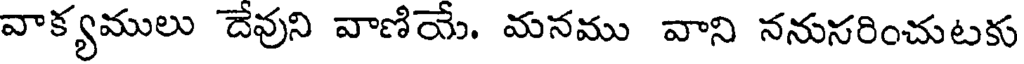
వాక్యములు దేవుని వాణియే. మనము వాని ననుసరించుటకు